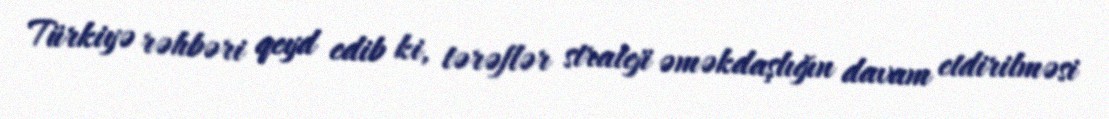
Türkiyə rəhbəri qeyd edib ki, tərəflər strateji əməkdaşlığın davam etdirilməsi